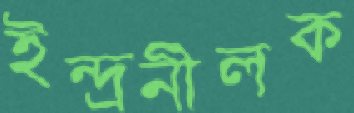
ইন্দ্রনীলক